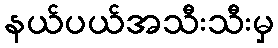
နယ်ပယ်အသီးသီးမှ